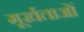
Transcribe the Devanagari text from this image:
मूर्खताओं